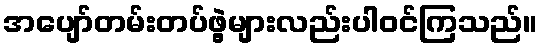
အပျော်တမ်းတပ်ဖွဲ့များလည်းပါဝင်ကြသည်။